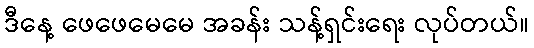
ဒီနေ့ ဖေဖေမေမေ အခန်း သန့်ရှင်းရေး လုပ်တယ်။